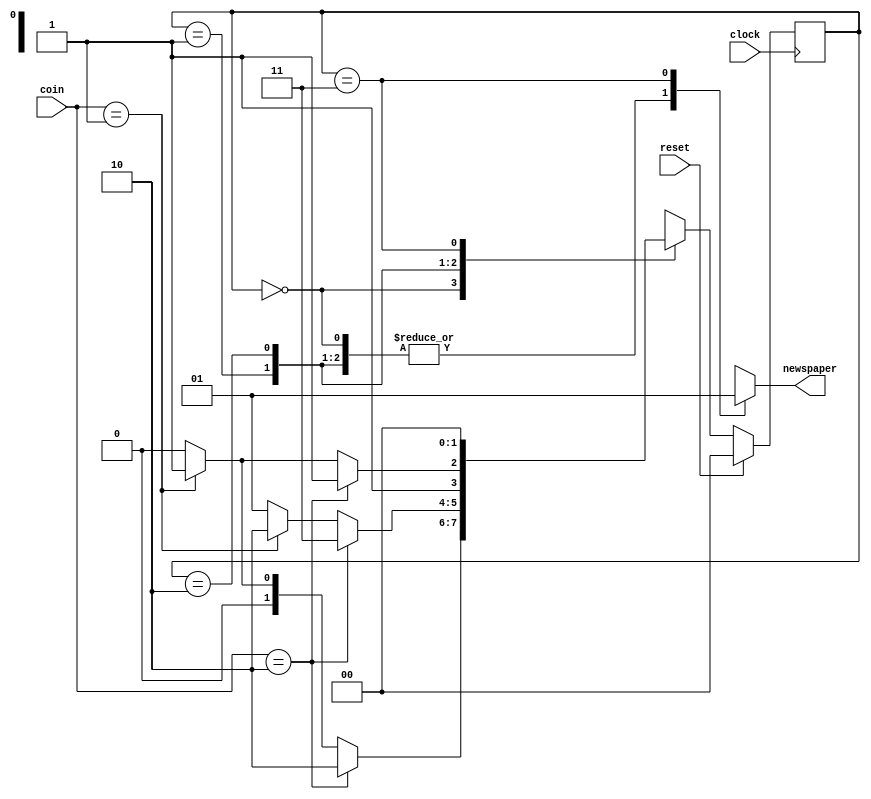
`timescale 1ns / 1ps

module vend(coin, clock, reset, newspaper);

    //Input output port declarations
    input [1:0] coin;
    input clock;
    input reset;
    output newspaper; 

    //internal FSM state declarations 
    wire [1:0] NEXT_STATE; 
    reg [1:0] PRES_STATE;
    
    //state encodings 
    parameter s0 = 2'b00,
              s5 = 2'b01,
              s10 = 2'b10,
              s15 = 2'b11;

    //Combinational logic 
    function [2:0] fsm;
    
    input [1:0] fsm_coin; 
    input [1:0] fsm_PRES_STATE;
    
    reg fsm_newspaper; 
    reg [1:0] fsm_NEXT_STATE;
    
    begin
        case (fsm_PRES_STATE)

        s0: //state = s0
            begin
                if (fsm_coin == 2'b10)
                begin
                    fsm_newspaper = 1'b0; 
                    fsm_NEXT_STATE = s10;
                end
        
                else if (fsm_coin == 2'b01)
                begin
                    fsm_newspaper = 1'b0; 
                    fsm_NEXT_STATE = s5;
                end
        
                else 
                begin
                    fsm_newspaper = 1'b0; 
                    fsm_NEXT_STATE = s0;
                end
            end
        
        s5: //state = s5
            begin
                if (fsm_coin == 2'b10)
                begin
                    fsm_newspaper = 1'b0 ;
                    fsm_NEXT_STATE = s15 ;
                end
        
                else if (fsm_coin == 2'b01) 
                begin
                    fsm_newspaper = 1'b0; 
                    fsm_NEXT_STATE = s10;
                end
        
                else
                begin
                    fsm_newspaper = 1'b0 ;
                    fsm_NEXT_STATE = s5;
                end
            end
        
        s10:  //state = s10
            begin
                if (fsm_coin == 2'b10)
                begin
                    fsm_newspaper = 1'b0 ;
                    fsm_NEXT_STATE =s15 ;
                end
        
                else if (fsm_coin == 2'b01 )
                begin
                    fsm_newspaper = 1'b0;
                    fsm_NEXT_STATE = s15 ;
                end 
        
                else
                begin
                    fsm_newspaper = 1'b0 ; 
                    fsm_NEXT_STATE = s10;
                end
            end
        
        s15: //state = s 15
            begin 
                fsm_newspaper = 1'b1 ;
                fsm_NEXT_STATE = s0 ;
            end
        
        endcase
    
        fsm= {fsm_newspaper, fsm_NEXT_STATE};
    end
endfunction

    //Reevaluate combinational logic each time a coin is put or the present state changes 
        assign {newspaper, NEXT_STATE}= fsm(coin, PRES_STATE);

    //clock the state flip-flops.
    //use synchronous reset 
        always @(posedge clock)
            begin
                if (reset == 1'b1)
                    PRES_STATE = s0 ;
                else
                    PRES_STATE = NEXT_STATE;
            end
endmodule